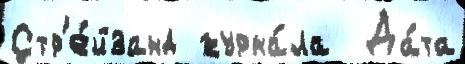
Стр'е́йзанд журна́ла  Да́та